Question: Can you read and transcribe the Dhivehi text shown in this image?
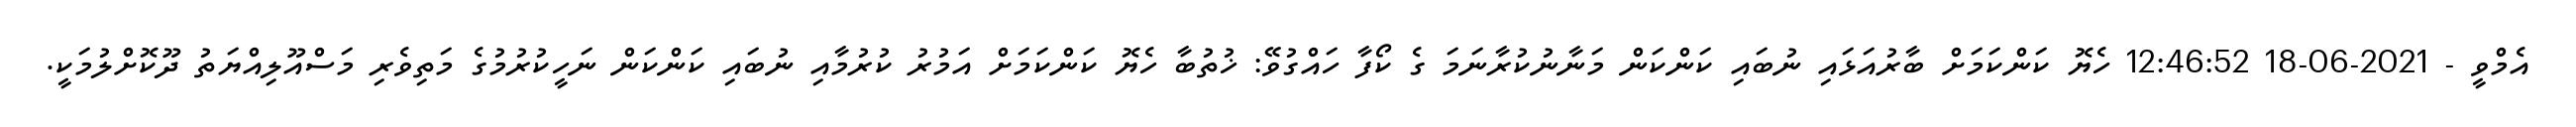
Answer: އެމްވީ - 2021-06-18 12:46:52 ހެޔޮ ކަންކަމަށް ބާރުއަޅައި ނުބައި ކަންކަން މަނާނުކުރާނަމަ ގެ ކޯފާ ހައްގުވޭ: ޚުތުބާ ހެޔޮ ކަންކަމަށް އަމުރު ކުރުމާއި ނުބައި ކަންކަން ނަހީކުރުމުގެ މަތިވެރި މަސްއޫލިއްޔަތު ދޫކޮށްލުމަކީ.